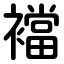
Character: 襠